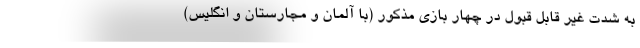
به شدت غیر قابل قبول در چهار بازی مذکور (با آلمان و مجارستان و انگلیس)